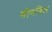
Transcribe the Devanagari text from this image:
गोनविल